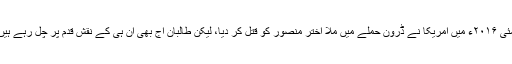
مئی ۲۰۱۶ء میں امریکا نے ڈرون حملے میں ملا اختر منصور کو قتل کر دیا، لیکن طالبان آج بھی ان ہی کے نقش قدم پر چل رہے ہیں۔